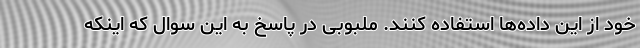
خود از این داده‌ها استفاده کنند. ملبوبی در پاسخ به این سوال که اینکه